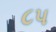
૮પ